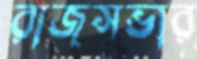
রাজসভার